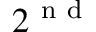
2 ^ { \mathrm { ~ n ~ d ~ } }